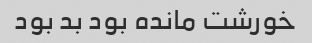
خورشت مانده بود بد بود